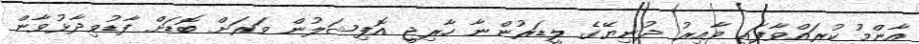
އާންމު ކުރައްވާފައި ވާއިރު ދުނިޔޭގެ ލީޑަރުންނާ ހާރިޖީ އޮފިޝަލުން ވަރަށް ބޮޑަށް ފާޑުވިދާޅުވާން